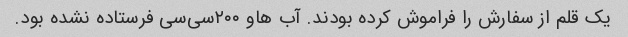
یک قلم از سفارش‌ را فراموش کرده بودند. آب هاو ۲۰۰سی‌سی فرستاده نشده بود.